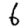
Digit: 6